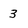
Character: 3